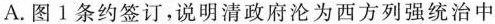
A.图1条约签订，说明清政府沦为西方列强统治中